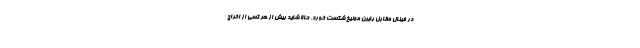
در فینال مقابل بایرن مونیخ شکست خورد. حالا شاید بیش از هر کسی از اخراج